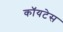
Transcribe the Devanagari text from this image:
कॉयटेस